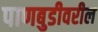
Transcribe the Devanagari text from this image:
पाणबुडीवरील